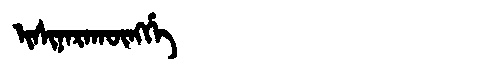
Manchu: ᡳᠰᡳᠨᠠᡵᠠᡴᡡᠩᡤᡝ
Romanization: ISINARAKŪNGGE